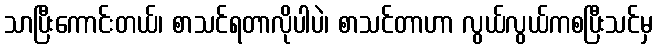
သာပြီးကောင်းတယ်၊ စာသင်ရတာလိုပါပဲ၊ စာသင်တာဟာ လွယ်လွယ်ကစပြီးသင်မှ